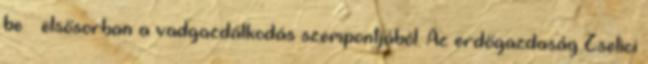
be – elsősorban a vadgazdálkodás szempontjából. Az erdőgazdaság Zselici